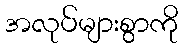
အလုပ်များစွာကို